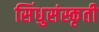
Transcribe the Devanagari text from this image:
सिंधुसंस्कृती